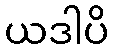
ယဒါပိ